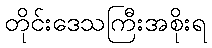
တိုင်းဒေသကြီးအစိုးရ